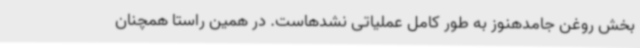
بخش روغن جامدهنوز به طور کامل عملیاتی نشدهاست. در همین راستا همچنان